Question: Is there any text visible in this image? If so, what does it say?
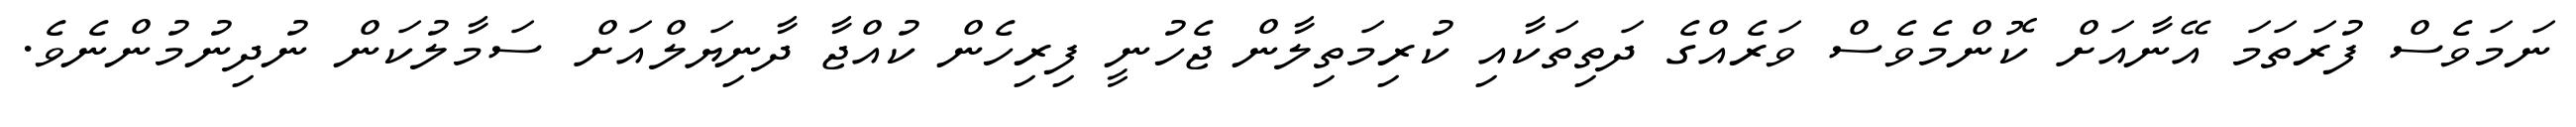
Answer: ނަމަވެސް ފުރަތަމަ އޭނާއަށް ކޮންމެވެސް ވަރެއްގެ ދަތިތަކާއި ކުރިމަތިލާން ޖެހުނީ ފިރިހެން ކުއްޖާ ދާނިޔަލްއަށް ސަމާލުކަން ނުދިނުމުންނެވެ.